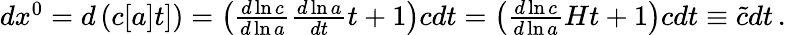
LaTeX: \begin{array}{r}{dx^{0}=d\left(c[a]t]\right)=\left(\frac{d\ln c}{d\ln a}\frac{d\ln a}{dt}t+1\right)cdt=\left(\frac{d\ln c}{d\ln a}Ht+1\right)cdt\equiv\tilde{c}dt\, .}\end{array}